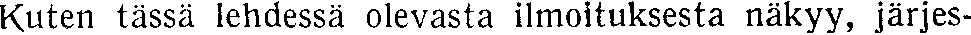
Kuten tässä lehdessä olevasta ilmoituksesta näkyy, järjes-